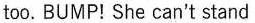
too.BUMP!She can't stand